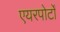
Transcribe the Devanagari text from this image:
एयरपोर्टों